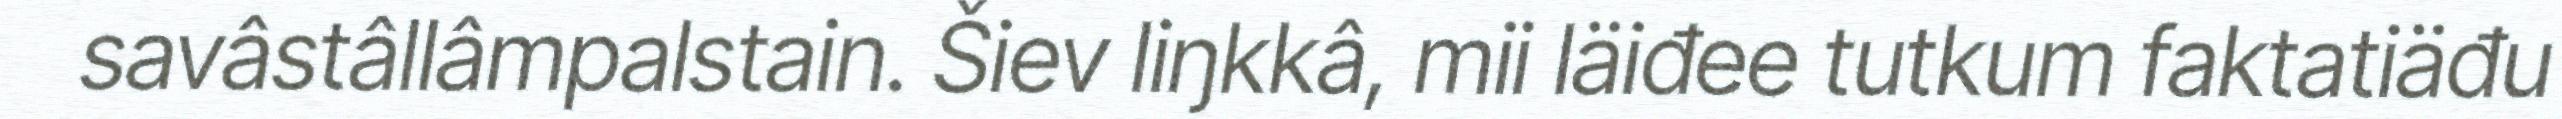
savâstâllâmpalstain. Šiev liŋkkâ, mii läiđee tutkum faktatiäđu